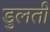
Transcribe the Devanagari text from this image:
डुलती